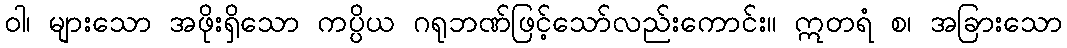
ဝါ၊ များသော အဖိုးရှိသော ကပ္ပိယ ဂရုဘဏ်ဖြင့်သော်လည်းကောင်း။ ဣတရံ စ၊ အခြားသော